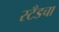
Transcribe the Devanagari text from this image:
स्टँडचा